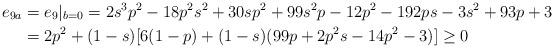
LaTeX: \begin{align*}e_{9a}&=e_9|_{b=0}=2 s^3 p^2-18 p^2 s^2+30 s p^2+99 s^2 p-12 p^2-192ps-3s^2+93p+3\\&=2p^2+(1-s)[6(1-p)+(1-s)(99p+2p^2s-14p^2-3)]\ge 0\end{align*}